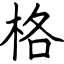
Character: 格